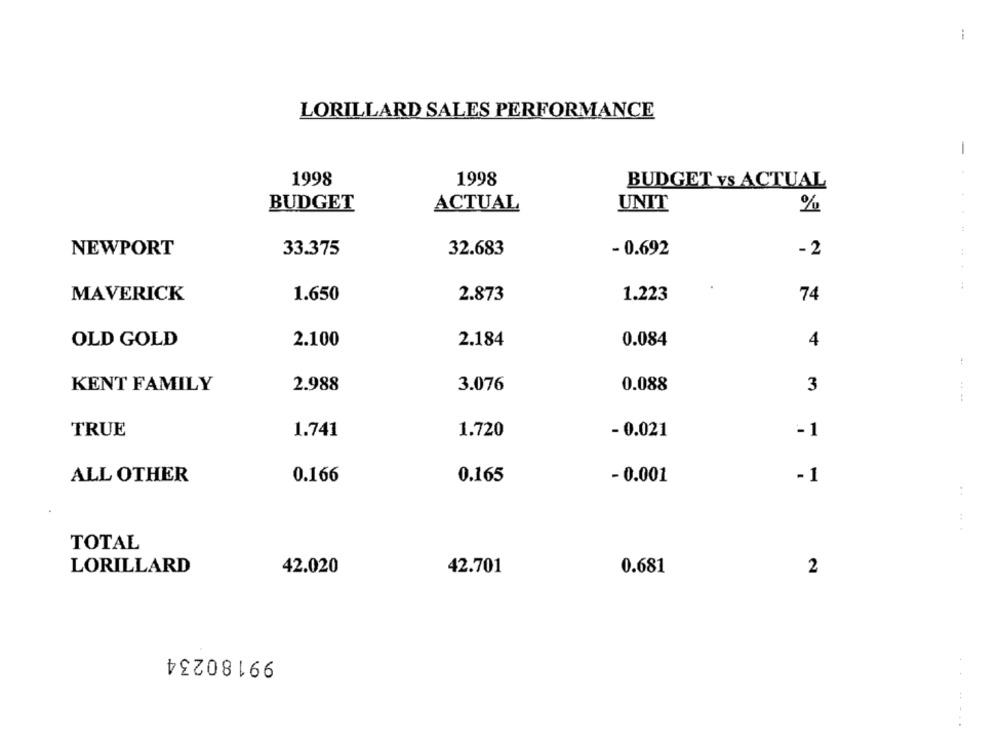
--
LORILLARD SALES PERFORMANCE
1
1998
1998
BUDGET vs ACTUAL
BUDGET
ACTUAL
UNIT
%
.
NEWPORT
33.375
32.683
- 0.692
-2
:
:
1.650
2.873
74
MAVERICK
1.223
2.184
0.084
OLD GOLD
2.100
4
KENT FAMILY
2.988
3.076
0.088
3
TRUE
1.741
1.720
- 0.021
-1
ALL OTHER
0.166
0.165
- 0.001
-1
:
:
.
TOTAL
LORILLARD
42.020
42.701
0.681
2
99180234
.......